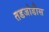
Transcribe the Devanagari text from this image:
तडजोडीस